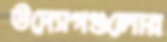
উদ্যোগগুলোর